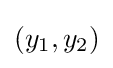
(y_{1},y_{2})